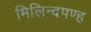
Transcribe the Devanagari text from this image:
मिलिन्दपण्ह